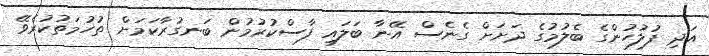
އަދި ފުލުހުންގެ ބެލުމުގެ ދަށަށް ގެނެސް އޭނާ ބަލައި ފާސްކުރުމުން ބަނގުރާކަމަށް ތުހުމަތުކުރެވޭ